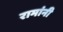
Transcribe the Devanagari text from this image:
रामांनी